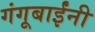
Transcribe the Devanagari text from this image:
गंगूबाईंनी